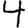
Digit: 4